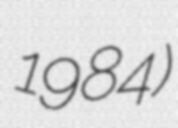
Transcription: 1984)